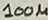
Text: 100µ